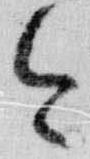
今